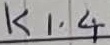
Text: K1.4